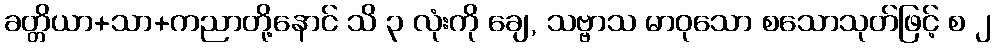
ခတ္တိယာ+သာ+ကညာတို့နောင် သိ ၃ လုံးကို ချေ, သဗ္ဗာသ မာဝုသော စသောသုတ်ဖြင့် စ ၂